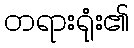
တရားရုံး၏